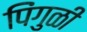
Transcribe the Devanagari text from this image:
पिंगुळी